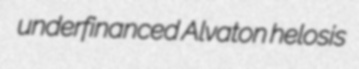
underfinanced Alvaton helosis